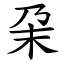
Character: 㭆